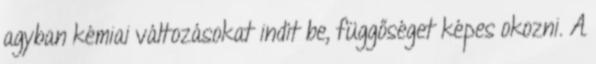
agyban kémiai változásokat indít be, függőséget képes okozni. A